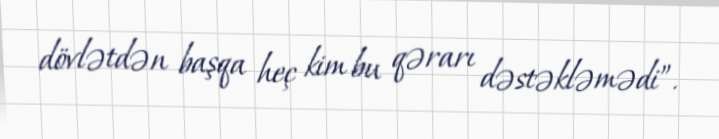
dövlətdən başqa heç kim bu qərarı dəstəkləmədi”.